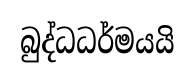
බුද්ධධර්මයයි